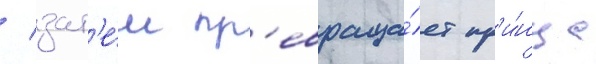
/ зат'е́м пр'евраща́ет пр'и́нца